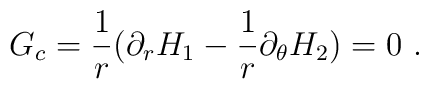
G_c = \frac{1}{r}(\partial_r H_1 -\frac{1}{r} \partial_\theta H_2)            = 0 \ .